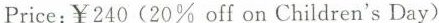
Price:￥240（20% off on Children's Day）